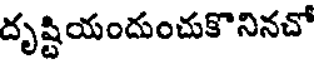
దృష్టియందుంచుకొనినచో